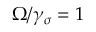
\Omega / \gamma _ { \sigma } = 1